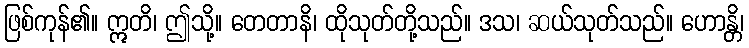
ဖြစ်ကုန်၏။ ဣတိ၊ ဤသို့။ တေတာနိ၊ ထိုသုတ်တို့သည်။ ဒသ၊ ဆယ်သုတ်သည်။ ဟောန္တိ၊